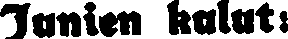
Junien kulut: